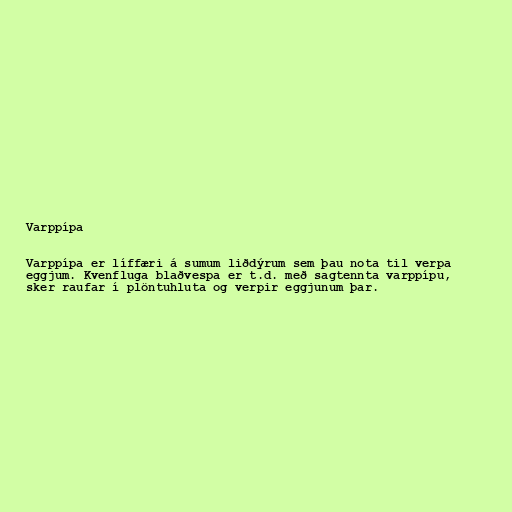
Varppípa

Varppípa er líffæri á sumum liðdýrum sem þau nota til verpa
eggjum. Kvenfluga blaðvespa er t.d. með sagtennta varppípu,
sker raufar í plöntuhluta og verpir eggjunum þar.